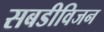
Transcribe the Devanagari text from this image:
सबडीविजन